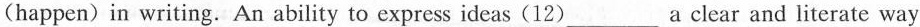
(happen)in writing. An ability to express ideas (12)___a clear and literate way